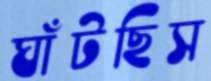
ঘাঁটছিস